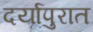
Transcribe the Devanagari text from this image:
दर्यापुरात